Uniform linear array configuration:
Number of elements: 64
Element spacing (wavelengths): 0.5
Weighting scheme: cosine
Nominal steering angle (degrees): -60
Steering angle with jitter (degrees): -60.973
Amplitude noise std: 0.05
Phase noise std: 0.05

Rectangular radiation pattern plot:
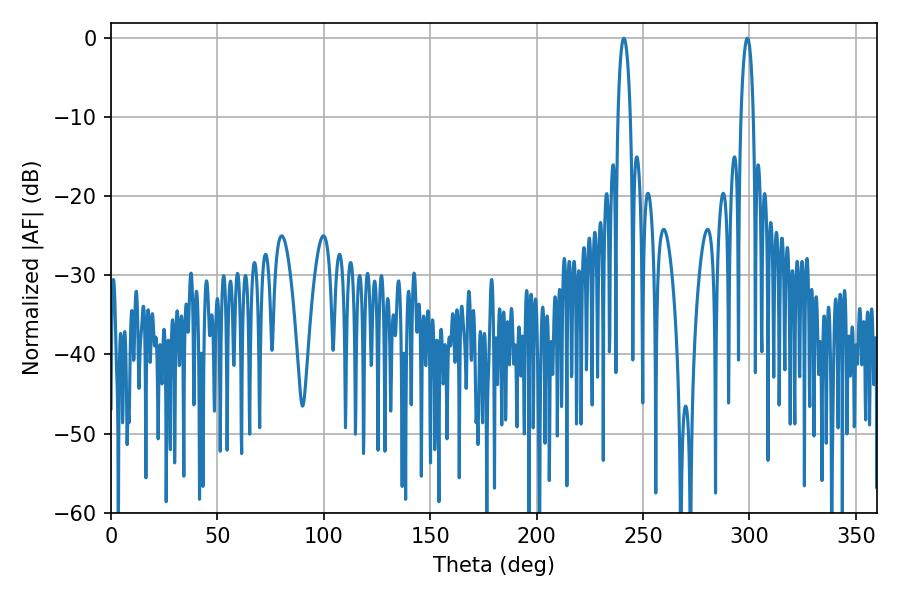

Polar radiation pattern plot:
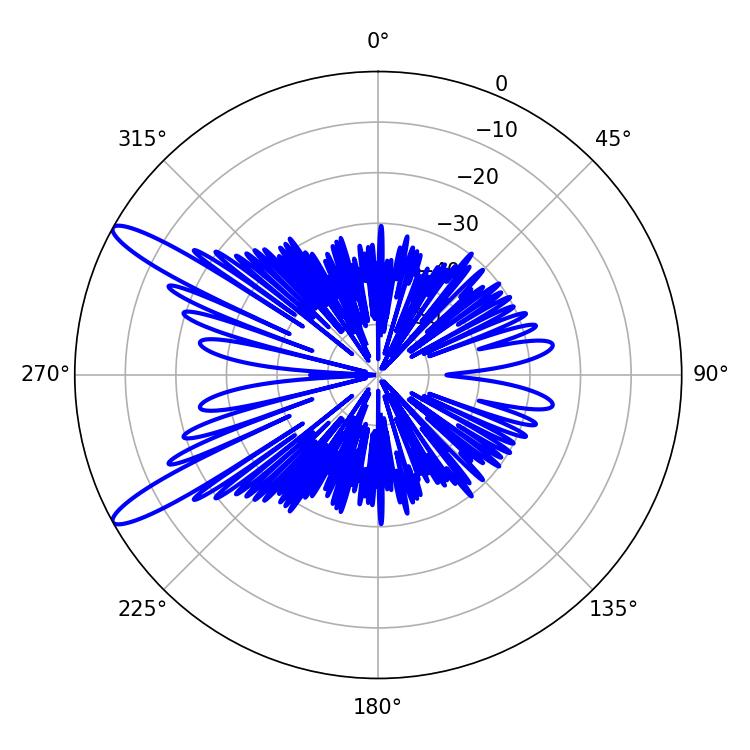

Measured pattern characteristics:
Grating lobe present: FALSE
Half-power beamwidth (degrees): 3.24
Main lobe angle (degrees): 298.98